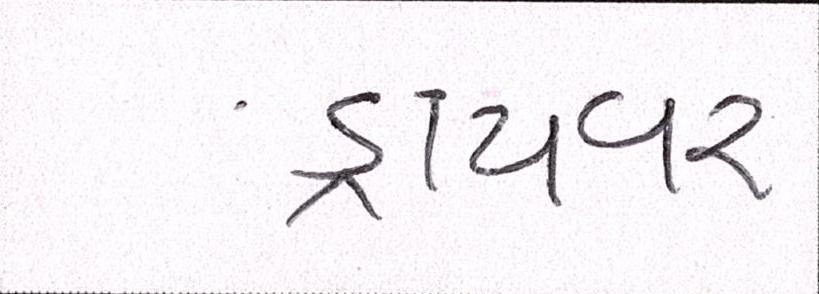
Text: ડ્રાયવર